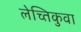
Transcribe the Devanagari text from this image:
लेच्तिकुवा